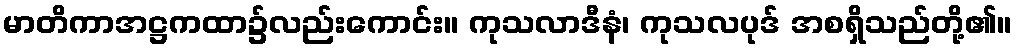
မာတိကာအဋ္ဌကထာ၌လည်းကောင်း။ ကုသလာဒီနံ၊ ကုသလပုဒ် အစရှိသည်တို့၏။